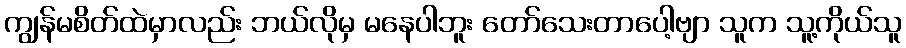
ကျွန်မစိတ်ထဲမှာလည်း ဘယ်လိုမှ မနေပါဘူး တော်သေးတာပေါ့ဗျာ သူက သူ့ကိုယ်သူ